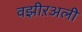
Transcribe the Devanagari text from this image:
वझीऱअली